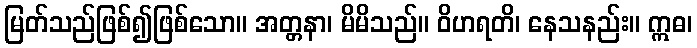
မြတ်သည်ဖြစ်၍ဖြစ်သော။ အတ္တနာ၊ မိမိသည်။ ဝိဟရတိ၊ နေသနည်း။ ဣဓ၊